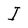
Character: I